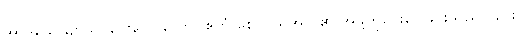
အာဒိသေယျာသိ၊ ပေးဝေပါလော။ ဧတံ စေဝ၊ ထိုအလှူ၏ အဖို့ကိုပေးဝေခြင်းသည်လည်း။